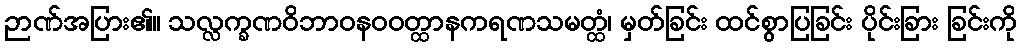
ဉာဏ်အပြား၏။ သလ္လက္ခဏဝိဘာဝနဝဝတ္ထာနကရဏသမတ္ထံ၊ မှတ်ခြင်း ထင်စွာပြခြင်း ပိုင်းခြား ခြင်းကို